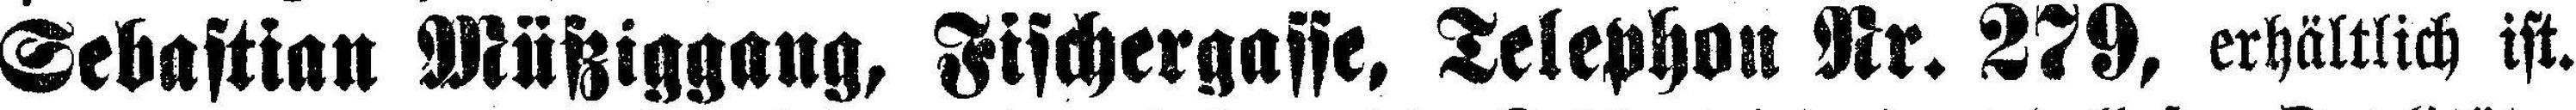
Sebastian Müßiggang, Fischergasse. Telephon Nr. 279, erhältlich ist.